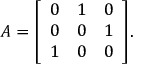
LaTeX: A = { \left[ \begin{array} { l l l } { 0 } & { 1 } & { 0 } \\ { 0 } & { 0 } & { 1 } \\ { 1 } & { 0 } & { 0 } \end{array} \right] } .